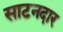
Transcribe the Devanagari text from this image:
साटनदार